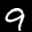
Digit: 9